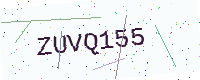
Text: ZUVQ155